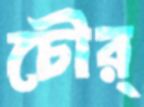
চৌর্